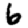
Digit: 6